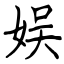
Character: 娱